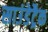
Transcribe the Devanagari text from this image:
साउंडेट्रैक